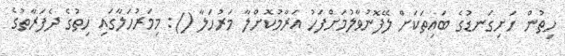
ހިތުން ހަށިގަނޑުގެ ބައިތަކަށް ލޭފޮނުވާލުމަށްފަހު އަރާމުކޮށްލާ މަރުހަލާ (): މިމަރުހަލާގައި ހިތުގެ ދެފަރާތުގެ